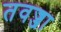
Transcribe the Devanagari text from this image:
तवज्जा